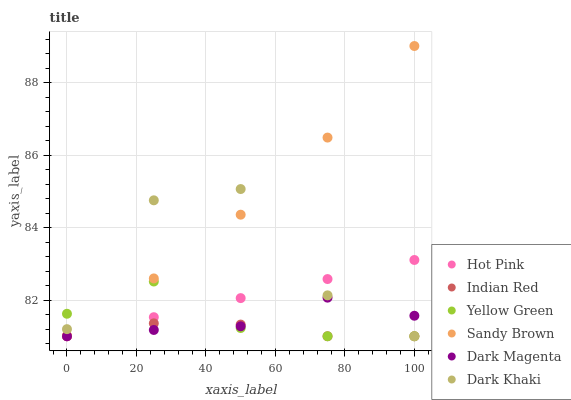
| xaxis_label | Hot Pink | Indian Red | Yellow Green | Sandy Brown | Dark Magenta | Dark Khaki |
 | --- | --- | --- | --- | --- | --- | --- |
 | 0 | 81 | 81 | 81.6 | 81 | 81 | 81.2 |
 | 25 | 81.5 | 81.4 | 82.5 | 82.6 | 81.2 | 84.8 |
 | 50 | 82.1 | 81.3 | 81.2 | 84.4 | 81.3 | 85.1 |
 | 75 | 82.6 | 81 | 81 | 86.5 | 82.1 | 82.1 |
 | 100 | 83.1 | 81 | 81 | 89 | 81.6 | 81 |